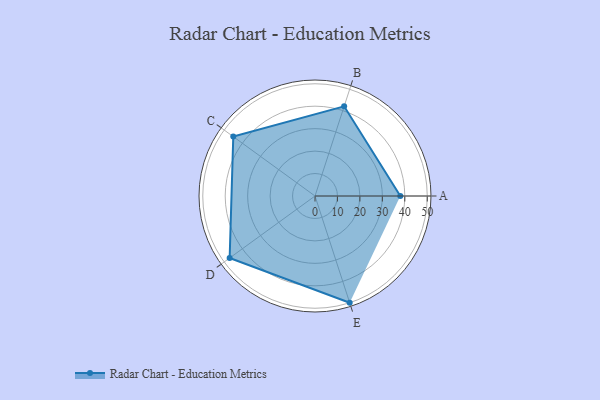
{"axis": {"x": "Skill", "y": "Score"}, "legend": ["Profile"], "data": [{"x": "A", "y": 38.0, "type": "Profile"}, {"x": "B", "y": 42.0, "type": "Profile"}, {"x": "C", "y": 45.0, "type": "Profile"}, {"x": "D", "y": 47.0, "type": "Profile"}, {"x": "E", "y": 50.0, "type": "Profile"}]}